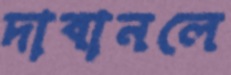
দাবানলে